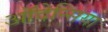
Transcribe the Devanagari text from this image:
ऑदेन्सिया